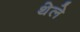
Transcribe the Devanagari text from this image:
थेले